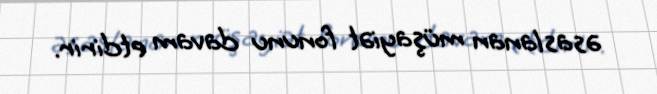
əsaslanan müşayiət fonunu davam etdirir.